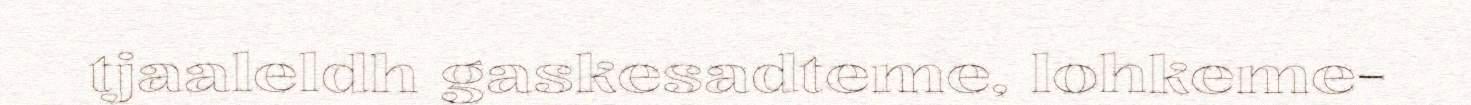
tjaaleldh gaskesadteme, lohkeme-